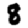
Digit: 8